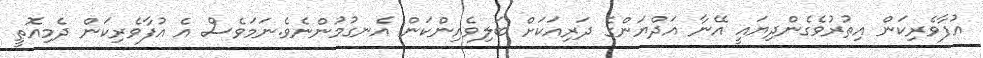
އުފާވެރިކަން އިތުރުވެގެންދިޔައީ އޭނާ އަދްޔަންގެ ދަރިއަކަށް ބަލިވެއިންކަން އެނގުމުންނެވެ.ނަމަވެސް އެ އުފާވެރިކަން ދެމިއޮތީ